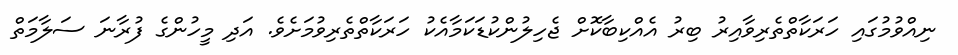
ނިއްވުމުގައި ހަރަކާތްތެރިވާއިރު ބިރު އެއްކިބާކޮށް ޖެހިލުންކުޑަކަމާއެކު ހަރަކާތްތެރިވުމަށެވެ. އަދި މީހުންގެ ފުރާނަ ސަލާމަތް